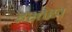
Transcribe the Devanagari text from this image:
इश्तख